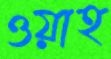
ওয়াহ